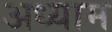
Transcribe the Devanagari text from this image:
अध्याम